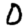
Digit: 0